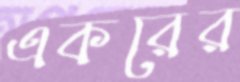
একরের